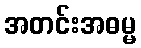
အတင်းအဓမ္မ